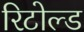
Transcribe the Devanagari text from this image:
रिटोल्ड